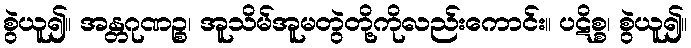
စွဲယူ၍။ အန္တဂုဏဉ္စ၊ အူသိမ်အူမတွဲတို့ကိုလည်းကောင်း။ ပဋိစ္စ၊ စွဲယူ၍။